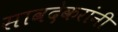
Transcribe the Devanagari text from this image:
सावदेकरांनी